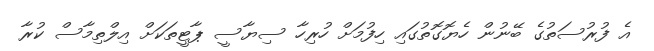
އެ ފުރުސަތުގެ ބޭނުން ހެޔޮގޮތުގައި ހިފުމަށް ހުރިހާ ސިޔާސީ ޕާޓީތަކަށް އިލްތިމާސް ކުރާ